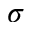
\sigma